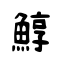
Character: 鯙